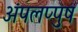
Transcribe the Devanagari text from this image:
अंपलप्पुष